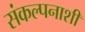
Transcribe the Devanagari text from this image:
संकल्पनाशी